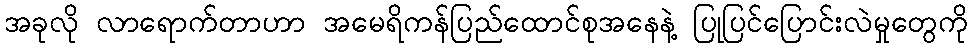
အခုလို လာရောက်တာဟာ အမေရိကန်ပြည်ထောင်စုအနေနဲ့ ပြုပြင်ပြောင်းလဲမှုတွေကို